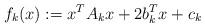
LaTeX: \begin{align*} f_k(x):=x^TA_kx+2b_k^Tx+c_k\end{align*}